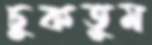
চুকতুম